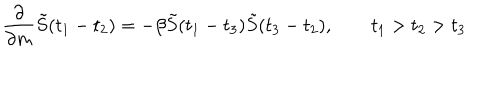
LaTeX: { \frac { \partial } { \partial { m } } } \tilde { S } ( t _ { 1 } - t _ { 2 } ) = - \beta \tilde { S } ( t _ { 1 } - t _ { 3 } ) \tilde { S } ( t _ { 3 } - t _ { 2 } ) , \qquad t _ { 1 } > t _ { 2 } > t _ { 3 }